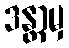
ဒန္တာမှ